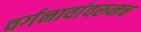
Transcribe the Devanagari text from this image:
वर्गनावांवरुनच